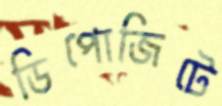
ডিপোজিটে